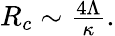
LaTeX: \begin{array}{r}{R_{c}\sim\frac{4\Lambda}{\kappa}.}\end{array}